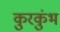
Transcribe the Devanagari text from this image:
कुरकुंभ